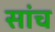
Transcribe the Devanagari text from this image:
सांच